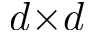
d { \times } d